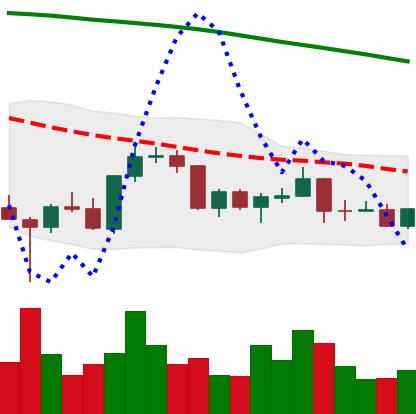
Ticker: BNB-USD
Chart end date: 2022-03-14
Forward return: 7.065%
Label: up_7plus